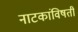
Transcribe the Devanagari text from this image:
नाटकांविषती